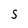
Character: S